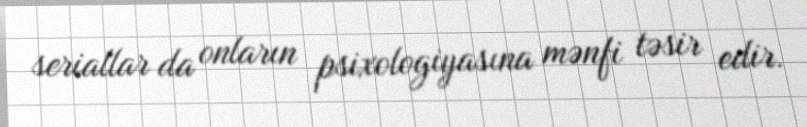
seriallar da onların psixologiyasına mənfi təsir edir.